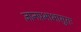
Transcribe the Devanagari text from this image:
ज्ञानप्रभाभासुराः